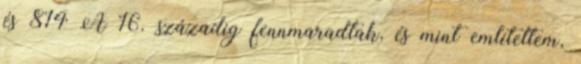
és 814 A 16. századig fennmaradtak, és mint említettem,